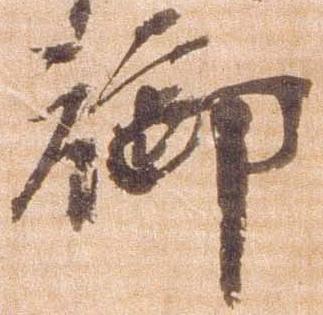
御